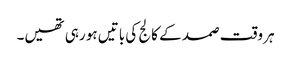
ہر وقت صمد کے کالج کی باتیں ہو رہی تھیں۔